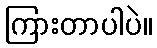
ကြားတာပါပဲ။